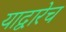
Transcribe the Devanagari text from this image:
याद्वारेच